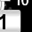
Digit: 1